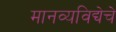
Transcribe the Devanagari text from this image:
मानव्यविद्येचे